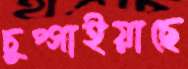
চুপ্‌সাইয়াছে